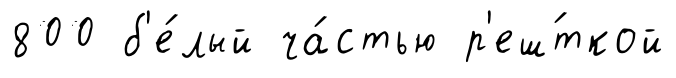
800 б'е́лый ча́стью р'еш́ткой